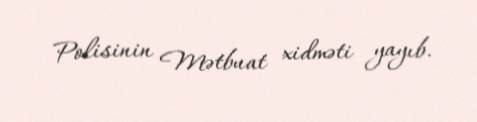
Polisinin Mətbuat xidməti yayıb.